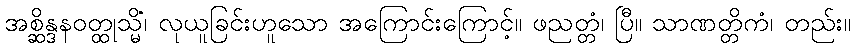
အစ္ဆိန္ဒနဝတ္ထုသ္မိံ၊ လုယူခြင်းဟူသော အကြောင်းကြောင့်။ ဖညတ္တံ၊ ပြီ။ သာဏတ္တိကံ၊ တည်း။